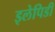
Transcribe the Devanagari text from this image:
इलेपिडी